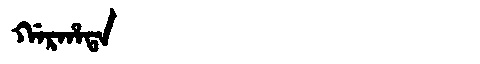
Manchu: ᡤᠠᡵᡥᠠᡨᠠ
Romanization: GARHATA